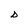
Character: D